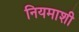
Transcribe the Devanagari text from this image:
नियमाशी